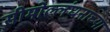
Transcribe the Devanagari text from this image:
सीमोल्लंघनाच्या